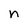
Character: n